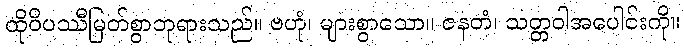
ထိုဝိပဿီမြတ်စွာဘုရားသည်။ ဗဟုံ၊ များစွာသော။ ဇနတံ၊ သတ္တဝါအပေါင်းကို။